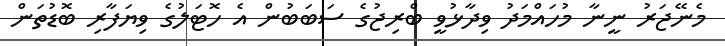
މެނޭޖަރު ނީނާ މުހައްމަދު ވިދާޅުވީ ބްރިޖުގެ ސަބަބުން އެ ހޮޓަލުގެ ވިޔަފާރި ބޮޑުތަން